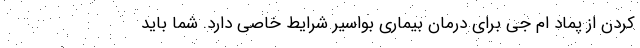
کردن از پماد ام جی برای درمان بیماری بواسیر شرایط خاصی دارد. شما باید